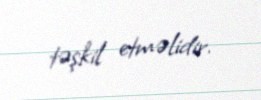
təşkil etməlidir.